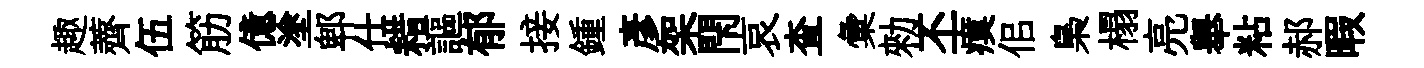
趣薺伍筋億塗郫仕耤謳郁接鍾彦架閇哀查彙勑丕瘼佀梟榻亮舉粘郝暇